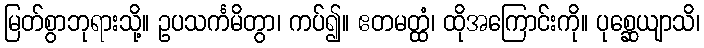
မြတ်စွာဘုရားသို့။ ဥပသင်္ကမိတွာ၊ ကပ်၍။ ဧတမတ္ထံ၊ ထိုအကြောင်းကို။ ပုစ္ဆေယျာသိ၊